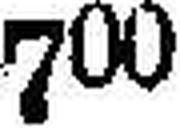
700